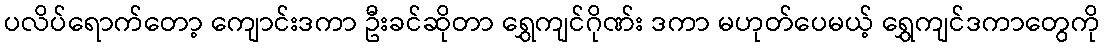
ပလိပ်ရောက်တော့ ကျောင်းဒကာ ဦးခင်ဆိုတာ ရွှေကျင်ဂိုဏ်း ဒကာ မဟုတ်ပေမယ့် ရွှေကျင်ဒကာတွေကို